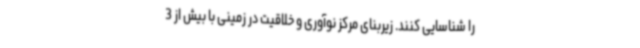
را شناسایی کنند. زیربنای مرکز نوآوری و خلاقیت در زمینی با بیش از 3